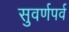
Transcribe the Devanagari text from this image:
सुवर्णपर्व